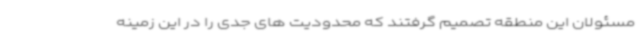
مسئولان این منطقه تصمیم گرفتند که محدودیت های جدی را در این زمینه